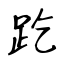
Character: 趷